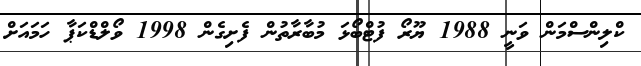
ކްލިންސްމަން ވަނީ 1988 ޔޫރޯ ފުޓްބޯޅަ މުބާރާތުން ފެށިގެން 1998 ވޯލްޑްކަޕާ ހަމައަށް